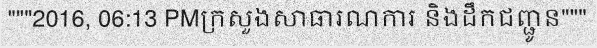
"""2016, 06:13 PMក្រសួងសាធារណការ និងដឹកជញ្ជូន"""